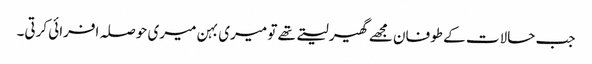
جب حالات کے طوفان مجھے گھیر لیتے تھے تو میری بہن میری حوصلہ افرائی کرتی۔